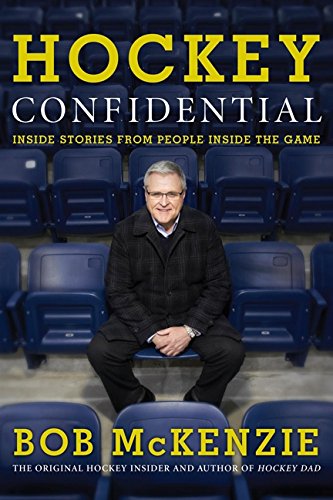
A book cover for Hockey Confidential: Inside Stories from People Inside The Game; Bob McKenzie; Sports & Outdoors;